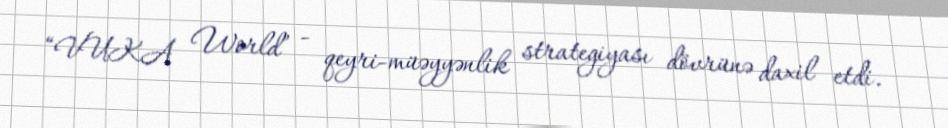
“VUKA World” - qeyri-müəyyənlik strategiyası dövrünə daxil etdi.